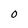
Character: O